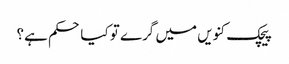
پیچک کنویں میں گرے تو کیا حکم ہے؟